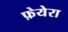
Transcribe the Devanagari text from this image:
फ़ेयेरा